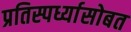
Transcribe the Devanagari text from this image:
प्रतिस्पर्ध्यासोबत